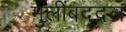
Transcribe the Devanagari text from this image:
मुलींबद्दल